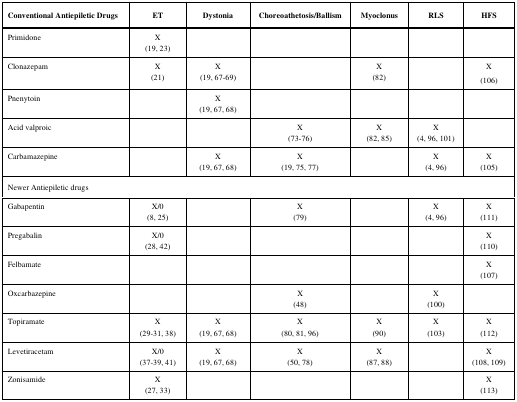
| Conventional Antiepiletic Drugs | ET | Dystonia | Choreoathetosis/Ballism | Myoclonus | RLS | HFS |
 | --- | --- | --- | --- | --- | --- | --- |
 | Primidone | X(19, 23) |  |  |  |  |  |
 | Clonazepam | X(21) | X(19, 67-69) |  | X(82) |  | X(106) |
 | Pnenytoin |  | X(19, 67, 68) |  |  |  |  |
 | Acid valproic |  |  | X(73-76) | X(82, 85) | X(4, 96, 101) |  |
 | Carbamazepine |  | X(19, 67, 68) | X(19, 75, 77) |  | X(4, 96) | X(105) |
 | <COLSPAN=7> Newer Antiepiletic drugs |
 | Gabapentin | X/0(8, 25) |  | X(79) |  | X(4, 96) | X(111) |
 | Pregabalin | X/0(28, 42) |  |  |  |  | X(110) |
 | Felbamate |  |  |  |  |  | X(107) |
 | Oxcarbazepine |  |  | X(48) |  | X(100) |  |
 | Topiramate | X(29-31, 38) | X(19, 67, 68) | X(80, 81, 96) | X(90) | X(103) | X(112) |
 | Levetiracetam | X/0(37-39, 41) | X(19, 67, 68) | X(50, 78) | X(87, 88) |  | X(108, 109) |
 | Zonisamide | X(27, 33) |  |  |  |  | X(113) |